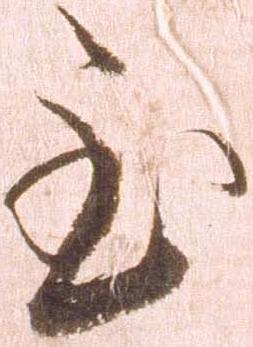
至